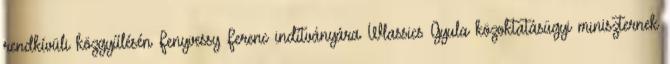
rendkívüli közgyűlésén Fenyvessy Ferenc indítványára Wlassics Gyula közoktatásügyi miniszternek